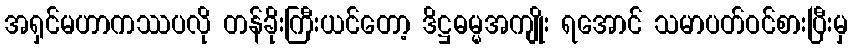
အရှင်မဟာကဿပလို တန်ခိုးကြီးယင်တော့ ဒိဋ္ဌဓမ္မအကျိုး ရအောင် သမာပတ်ဝင်စားပြီးမှ